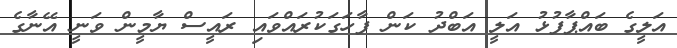
އަލީގެ ބައްޕާފުޅު އަލީ އަބްދު ކަން ފާހަގަކުރައްވައި ރައީސް ޔާމީން ވަނީ އޭނާގެ